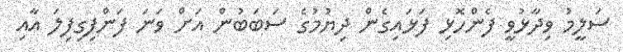
ސަލީމު ވިދާޅުވީ ފެންހޮޅި ފަޅައިގެން ދިޔުމުގެ ސަބަބުން އަށް ވަނަ ފަންފިގިފިލަ އާއި